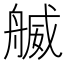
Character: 𦩬